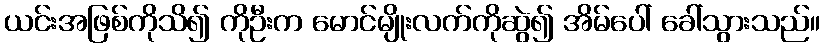
ယင်းအဖြစ်ကိုသိ၍ ကိုဦးက မောင်မျိုးလက်ကိုဆွဲ၍ အိမ်ပေါ် ခေါ်သွားသည်။